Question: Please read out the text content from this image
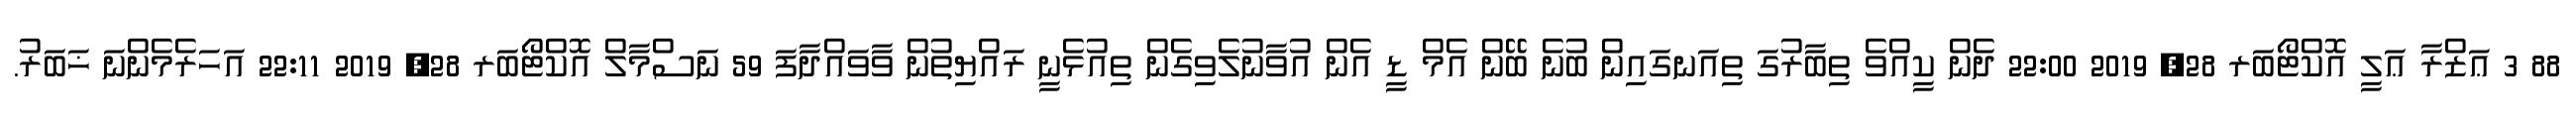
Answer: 88 3 ޢަޒްރާ ޢަލީ އޮކްޓޯބަރ 28, 2019 22:00 ދެން ކީއްވެ ތިބާރުގަ ތިއަނގައިން ބުނެ ބޭން އެމް ޑީ އެން އުވާނުލެވިގެން ތިއުޅެނީ ރައްޔިތުން ވާވައްދާފަ 59 ނަސްމާލް އޮކްޓޯބަރ 28, 2019 22:11 އަހަރެމެންނަ ޚަބަރު.